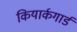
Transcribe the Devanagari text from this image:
कियार्कगार्ड